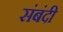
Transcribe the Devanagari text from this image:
संबंदी